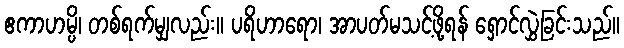
ဧကာဟမ္ပိ၊ တစ်ရက်မျှလည်း။ ပရိဟာရော၊ အာပတ်မသင့်ဖို့ရန် ရှောင်လွှဲခြင်းသည်။